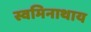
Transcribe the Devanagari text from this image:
स्वमिनाथाय